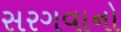
સરગવાનો